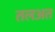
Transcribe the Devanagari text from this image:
तलअत